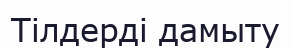
Тілдерді дамыту